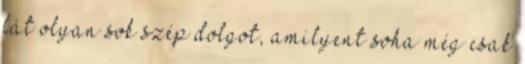
lát olyan sok szép dolgot, amilyent soha még csak